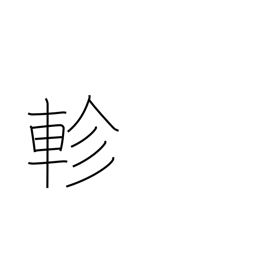
Meaning: revolve